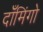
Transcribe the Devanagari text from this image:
दाँमिंगो